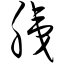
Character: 胰